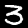
Digit: 3